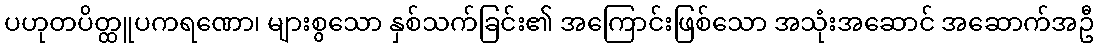
ပဟုတပိတ္ထူပကရဏော၊ များစွသော နှစ်သက်ခြင်း၏ အကြောင်းဖြစ်သော အသုံးအဆောင် အဆောက်အဦ